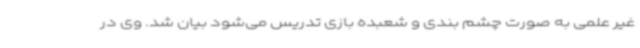
غیر علمی به صورت چشم بندی و شعبده بازی تدریس می‌شود بیان شد. وی در